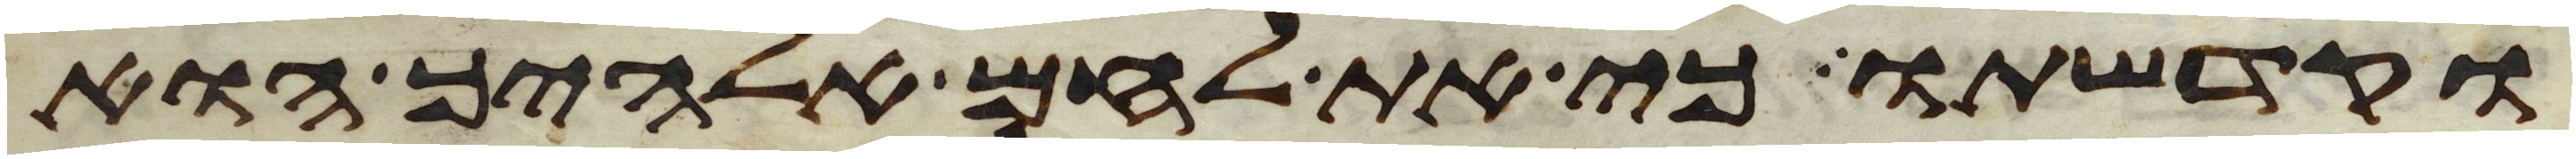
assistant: וקדשתו כי את לחם אלהיך הוא